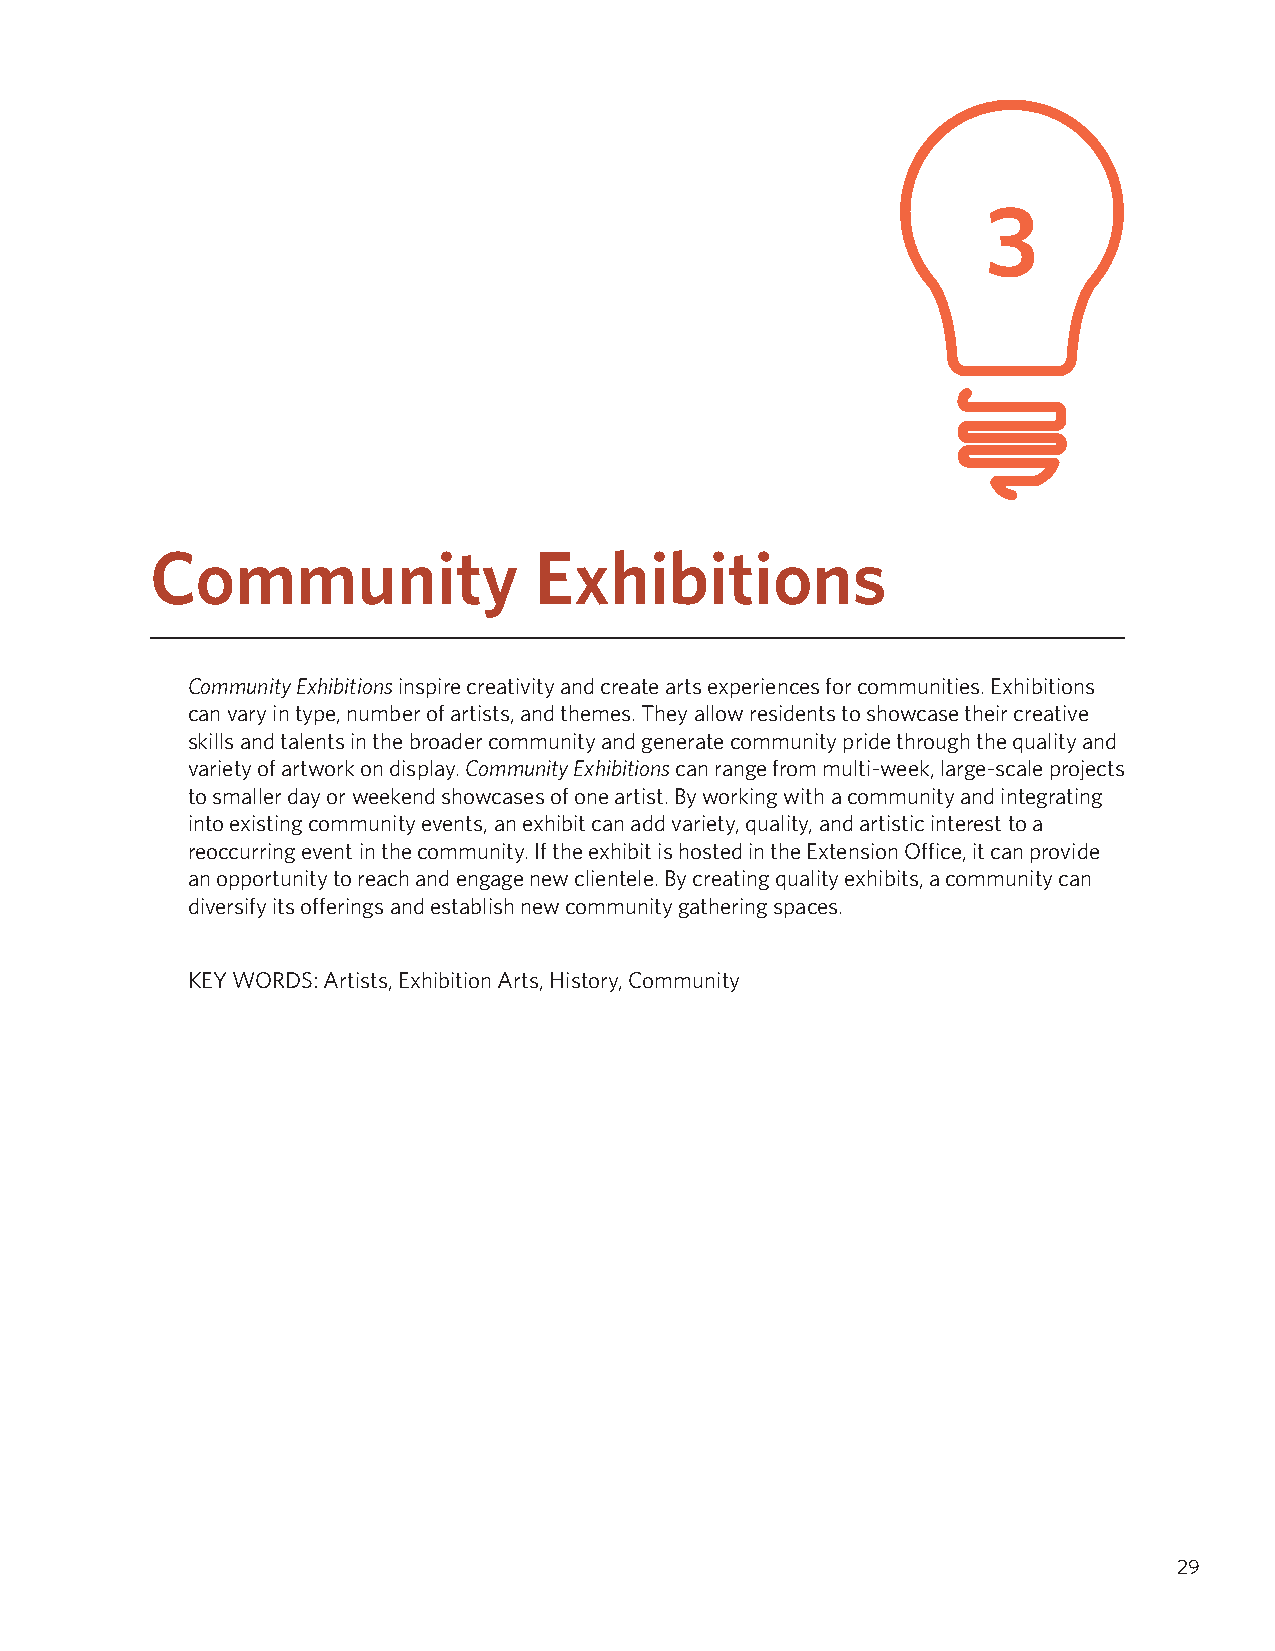
3
 Community                Exhibitions
 Community Exhibitions inspire creativity and create arts experiences for communities. Exhibitions
 can vary in type, number of artists, and themes. They allow residents to showcase their creative
 skills and talents in the broader community and generate community pride through the quality and
 variety of artwork on display. Community Exhibitions can range from multi-week, large-scale projects
 to smaller day or weekend showcases of one artist. By working with a community and integrating
 into existing community events, an exhibit can add variety, quality, and artistic interest to a
 reoccurring event in the community. If the exhibit is hosted in the Extension Office, it can provide
 an opportunity to reach and engage new clientele. By creating quality exhibits, a community can
 diversify its offerings and establish new community gathering spaces.
 KEY WORDS: Artists, Exhibition Arts, History, Community
 29